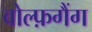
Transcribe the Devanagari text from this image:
वोल्फ़गैंग